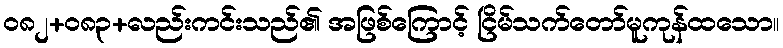
၀၈၂+၀၈၃+လည်းကင်းသည်၏ အဖြစ်ကြောင့် ငြိမ်သက်တော်မူကုန်ထသော။